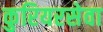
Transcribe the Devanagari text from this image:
कुरियरसेवा